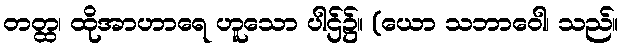
တတ္ထ၊ ထိုအာဟာရေ ဟူသော ပါဌ်၌။ (ယော သဘာဝေါ၊ သည်။